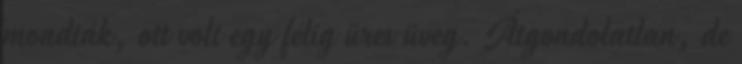
mondták, ott volt egy félig üres üveg. Átgondolatlan, de